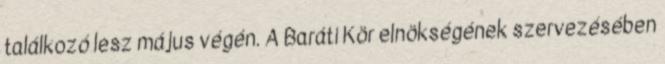
találkozó lesz május végén. A Baráti Kör elnökségének szervezésében